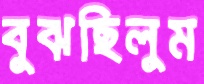
বুঝছিলুম